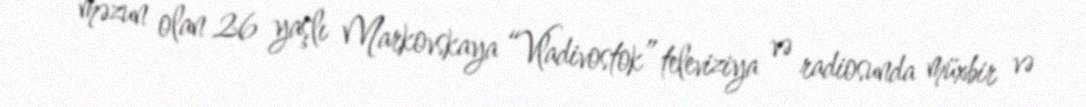
məzun olan 26 yaşlı Markovskaya “Vladivostok” televiziya və radiosunda müxbir və